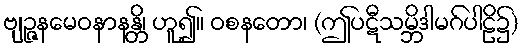
ဗျဉ္ဇနမေဝနာနန္တိ၊ ဟူ၍။ ဝစနတော၊ (ဤပဋီသမ္ဘိဒါမဂ်ပါဠိ၌)